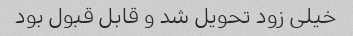
خیلی زود تحویل شد و قابل قبول بود